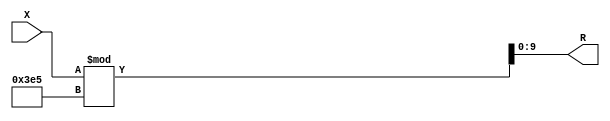
module x_400_mod_997_reg(
    input [400:1] X,
    output [10:1] R
    );


assign R = X % 997;

endmodule